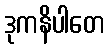
ဒုကနိပါတေ